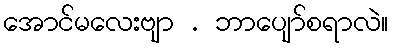
အောင်မလေးဗျာ . ဘာပျော်စရာလဲ။